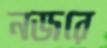
নজরে